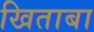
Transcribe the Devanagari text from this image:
खिताबा